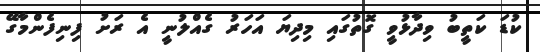
ކުޑަ ކަތީބު ވިދާޅުވީ ގޮތުގައި މިދިޔަ އަހަރު ގެއްލުނީ އެ ރަށު ފިނިފެންމާގޭ